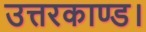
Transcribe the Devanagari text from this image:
उत्तरकाण्ड।